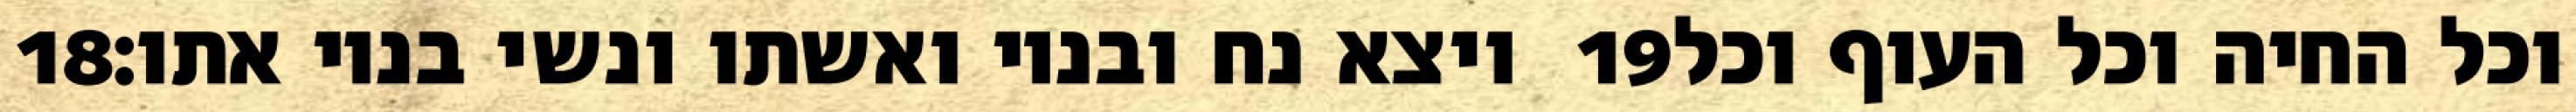
‎18‏ ויצא נח ובניו ואשתו ונשי בניו אתו׃ ‎19‏ וכל החיה וכל העוף וכל